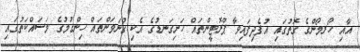
އާއި ހޯރމޯންގެ ގޮތުގައި އުފެދިފައިވާ ޕްރޮޓީންތައް ހަށިގަނޑުގެ އެކި ގުނަވަންތައް ހިންގުމުގެ މަސައްކަތުގައި